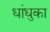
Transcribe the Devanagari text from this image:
धांधुका